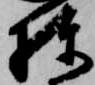
棟